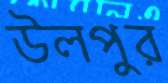
উলপুর